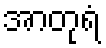
အာတုရံ